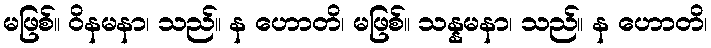
မဖြစ်။ ဝိနမနာ၊ သည်။ န ဟောတိ၊ မဖြစ်။ သန္နမနာ၊ သည်။ န ဟောတိ၊